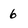
Character: 6